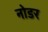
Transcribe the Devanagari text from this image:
नोडर